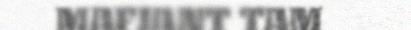
MAFJANT TAM